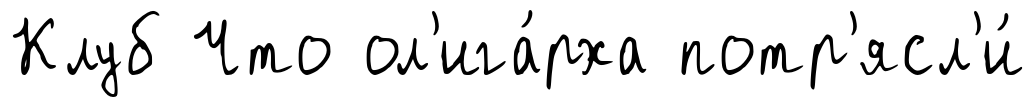
Клуб Что ол'ига́рха потр'ясл'и́